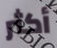
أكثر